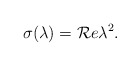
\begin{align*}\sigma(\lambda)={\cal R}e \lambda^2.\end{align*}